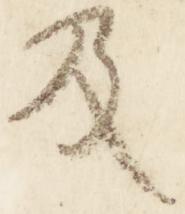
及